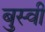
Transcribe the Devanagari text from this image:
बुस्वी